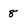
Character: 8